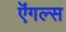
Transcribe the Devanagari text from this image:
ऎंगल्स